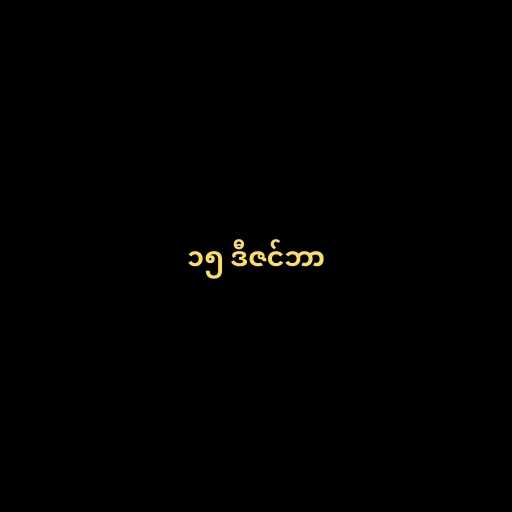
၁၅ ဒီဇင်ဘာ